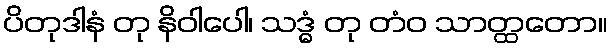
ပိတုဒါနံ တု နိဝါပေါ၊ သဒ္ဓံ တု တံဝ သာတ္ထတော။